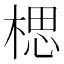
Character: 楒